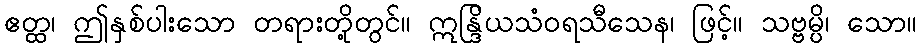
ဧတ္ထ၊ ဤနှစ်ပါးသော တရားတို့တွင်။ ဣန္ဒြိယသံဝရသီသေန၊ ဖြင့်။ သဗ္ဗမ္ပိ၊ သော။